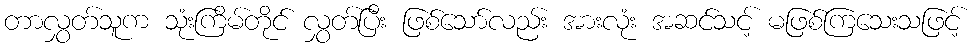
တာလွှတ်သူက သုံးကြိမ်တိုင် လွှတ်ပြီး ဖြစ်သော်လည်း အားလုံး အဆင်သင့် မဖြစ်ကြသေးသဖြင့်